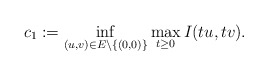
\begin{align*}c_{1}:=\mathop{\inf}\limits_{(u,v)\in E\setminus\{(0,0)\}}\mathop{\max}\limits_{t\geq0}I(tu,tv).\end{align*}